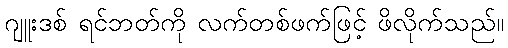
ဂျူးဒစ် ရင်ဘတ်ကို လက်တစ်ဖက်ဖြင့် ဖိလိုက်သည်။